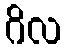
ဂိလ